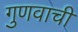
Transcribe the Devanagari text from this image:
गुणवाची